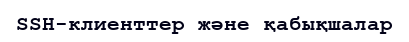
SSH-клиенттер және қабықшалар